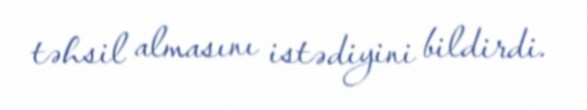
təhsil almasını istədiyini bildirdi.